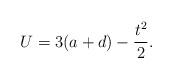
LaTeX: \begin{align*}U = 3(a+d) -\frac{t^2}{2}.\end{align*}